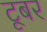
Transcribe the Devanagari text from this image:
टूबर